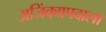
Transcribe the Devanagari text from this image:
अजिंक्यपदाला